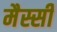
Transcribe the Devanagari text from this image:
मैस्सी